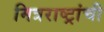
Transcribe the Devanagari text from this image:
मित्रराष्ट्रांची